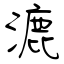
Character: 漉